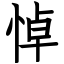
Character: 悼